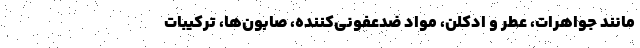
مانند جواهرات، عطر و ادکلن، مواد ضدعفونی‌کننده، صابون‌ها، ترکیبات